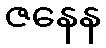
ဇနေန